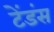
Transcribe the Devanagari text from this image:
टेंडंस